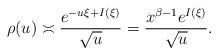
LaTeX: \begin{align*}\rho(u) \asymp \frac{e^{-u\xi+I(\xi)}}{\sqrt{u}} = \frac{x^{\beta-1}e^{I(\xi)}}{\sqrt{u}}.\end{align*}